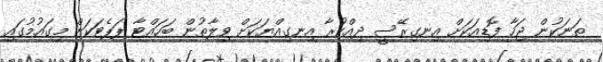
ތަނަކުން ޖަހާ ފޮޑިއަކަށް އިނގިރޭސީ ދިއްކުރާ އިނގިއްޔަކަށް ވިލާތުން ބަހައްޓާ ޕަޕެޓަކަށް މިގައުމުގައި